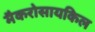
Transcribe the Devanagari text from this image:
मैकरोसायकिल